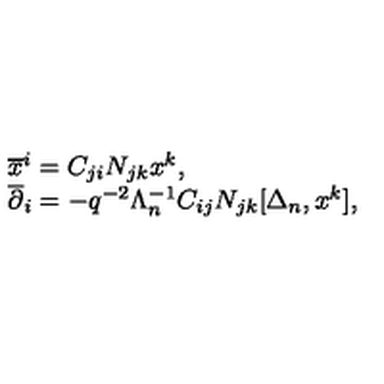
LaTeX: \begin{array} { l } { { \overline { x } ^ { i } } = C _ { j i } N _ { j k } x ^ { k } , } \\ { { \overline { \partial } _ { i } } = - q ^ { - 2 } \Lambda _ { n } ^ { - 1 } C _ { i j } N _ { j k } [ \Delta _ { n } , x ^ { k } ] , } \\ \end{array}